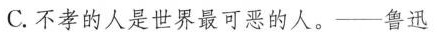
C.不孝的人是世界最可恶的人。——鲁迅